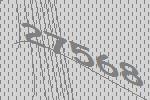
27568